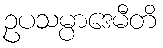
ဥပသမ္ပာဒေမီတိ